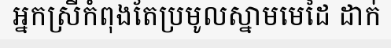
អ្នកស្រីកំពុងតែប្រមូលស្នាមមេដៃ ដាក់